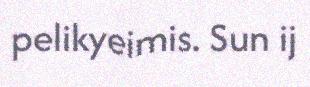
pelikyeimis. Sun ij